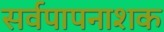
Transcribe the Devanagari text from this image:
सर्वपापनाशक